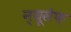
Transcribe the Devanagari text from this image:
न्यूसेफ़